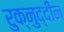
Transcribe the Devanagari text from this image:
रुक्नुद्दीन